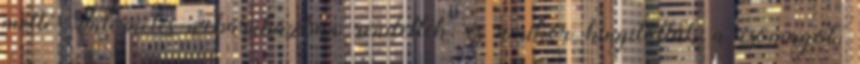
mellé Internetes webáruházban rendeltek, és amikor kinyitották a csomagot,